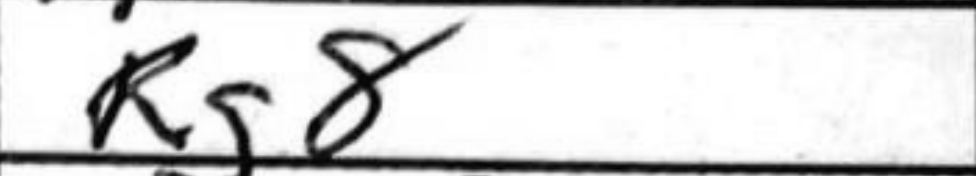
Transcription: Rg8